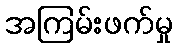
အကြမ်းဖက်မှု